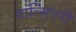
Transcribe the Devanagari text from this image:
पाल्मिएरी